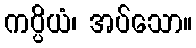
ကပ္ပိယံ၊ အပ်သော။